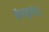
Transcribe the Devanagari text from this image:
कैल्कुलेटेड